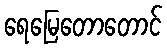
ရေမြေတောတောင်